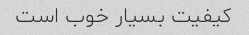
کیفیت بسیار خوب است